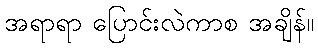
အရာရာ ပြောင်းလဲကာစ အချိန်။